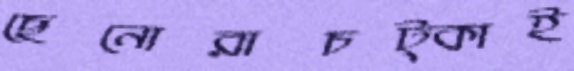
ছেনোরাচট্‌কাই